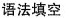
语法填空